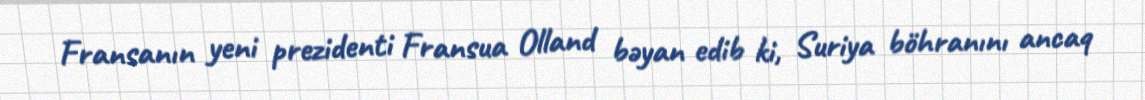
Fransanın yeni prezidenti Fransua Olland bəyan edib ki, Suriya böhranını ancaq